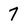
Character: 7